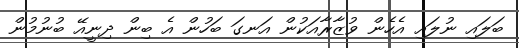
ބަލައި ނުލައި އެހެން ވުޒާރާއަކުން އަނގަ ބަހުން އެ ބިން ދިނީއޭ ބުނުމުން